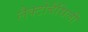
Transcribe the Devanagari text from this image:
लैक्टोबैसिली